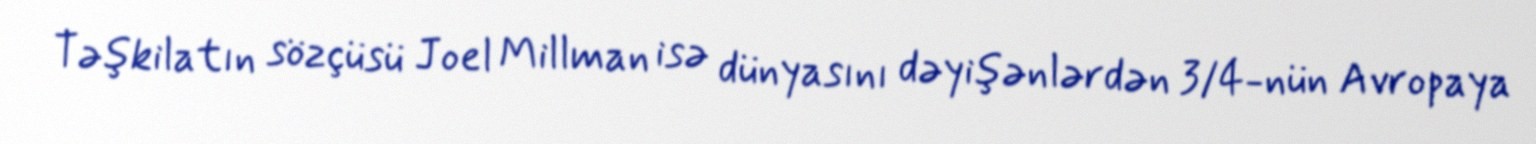
Təşkilatın sözçüsü Joel Millman isə dünyasını dəyişənlərdən 3/4-nün Avropaya